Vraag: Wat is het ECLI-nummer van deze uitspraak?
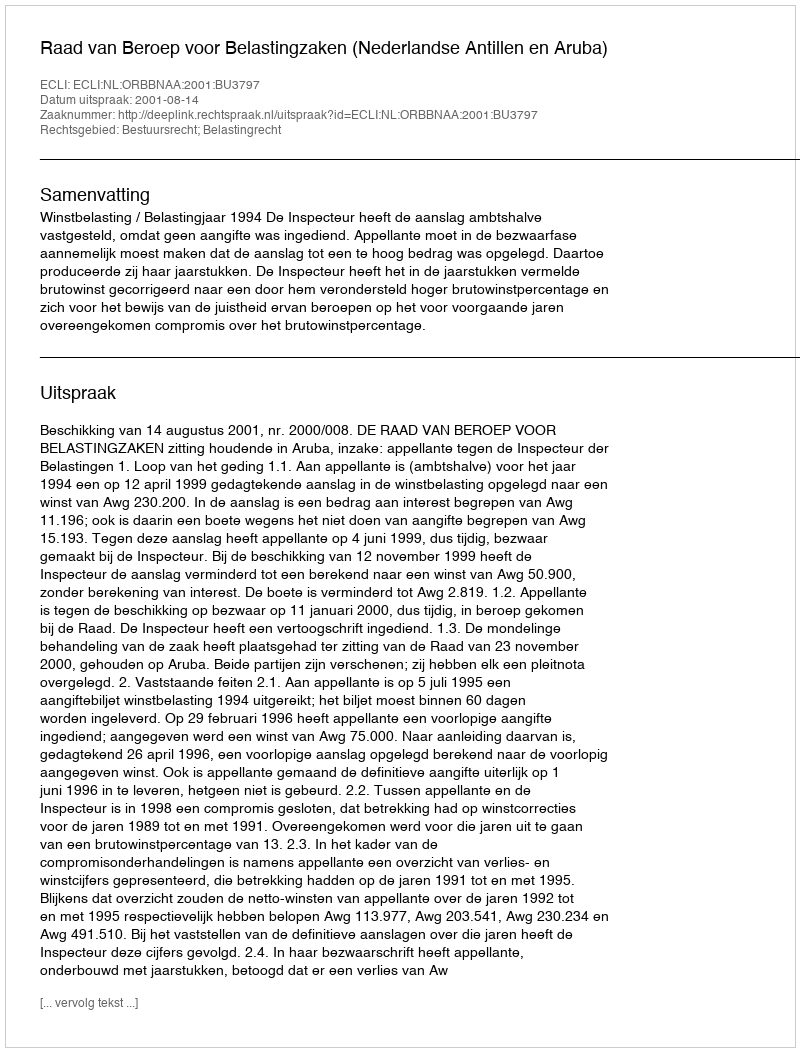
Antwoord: ECLI:NL:ORBBNAA:2001:BU3797